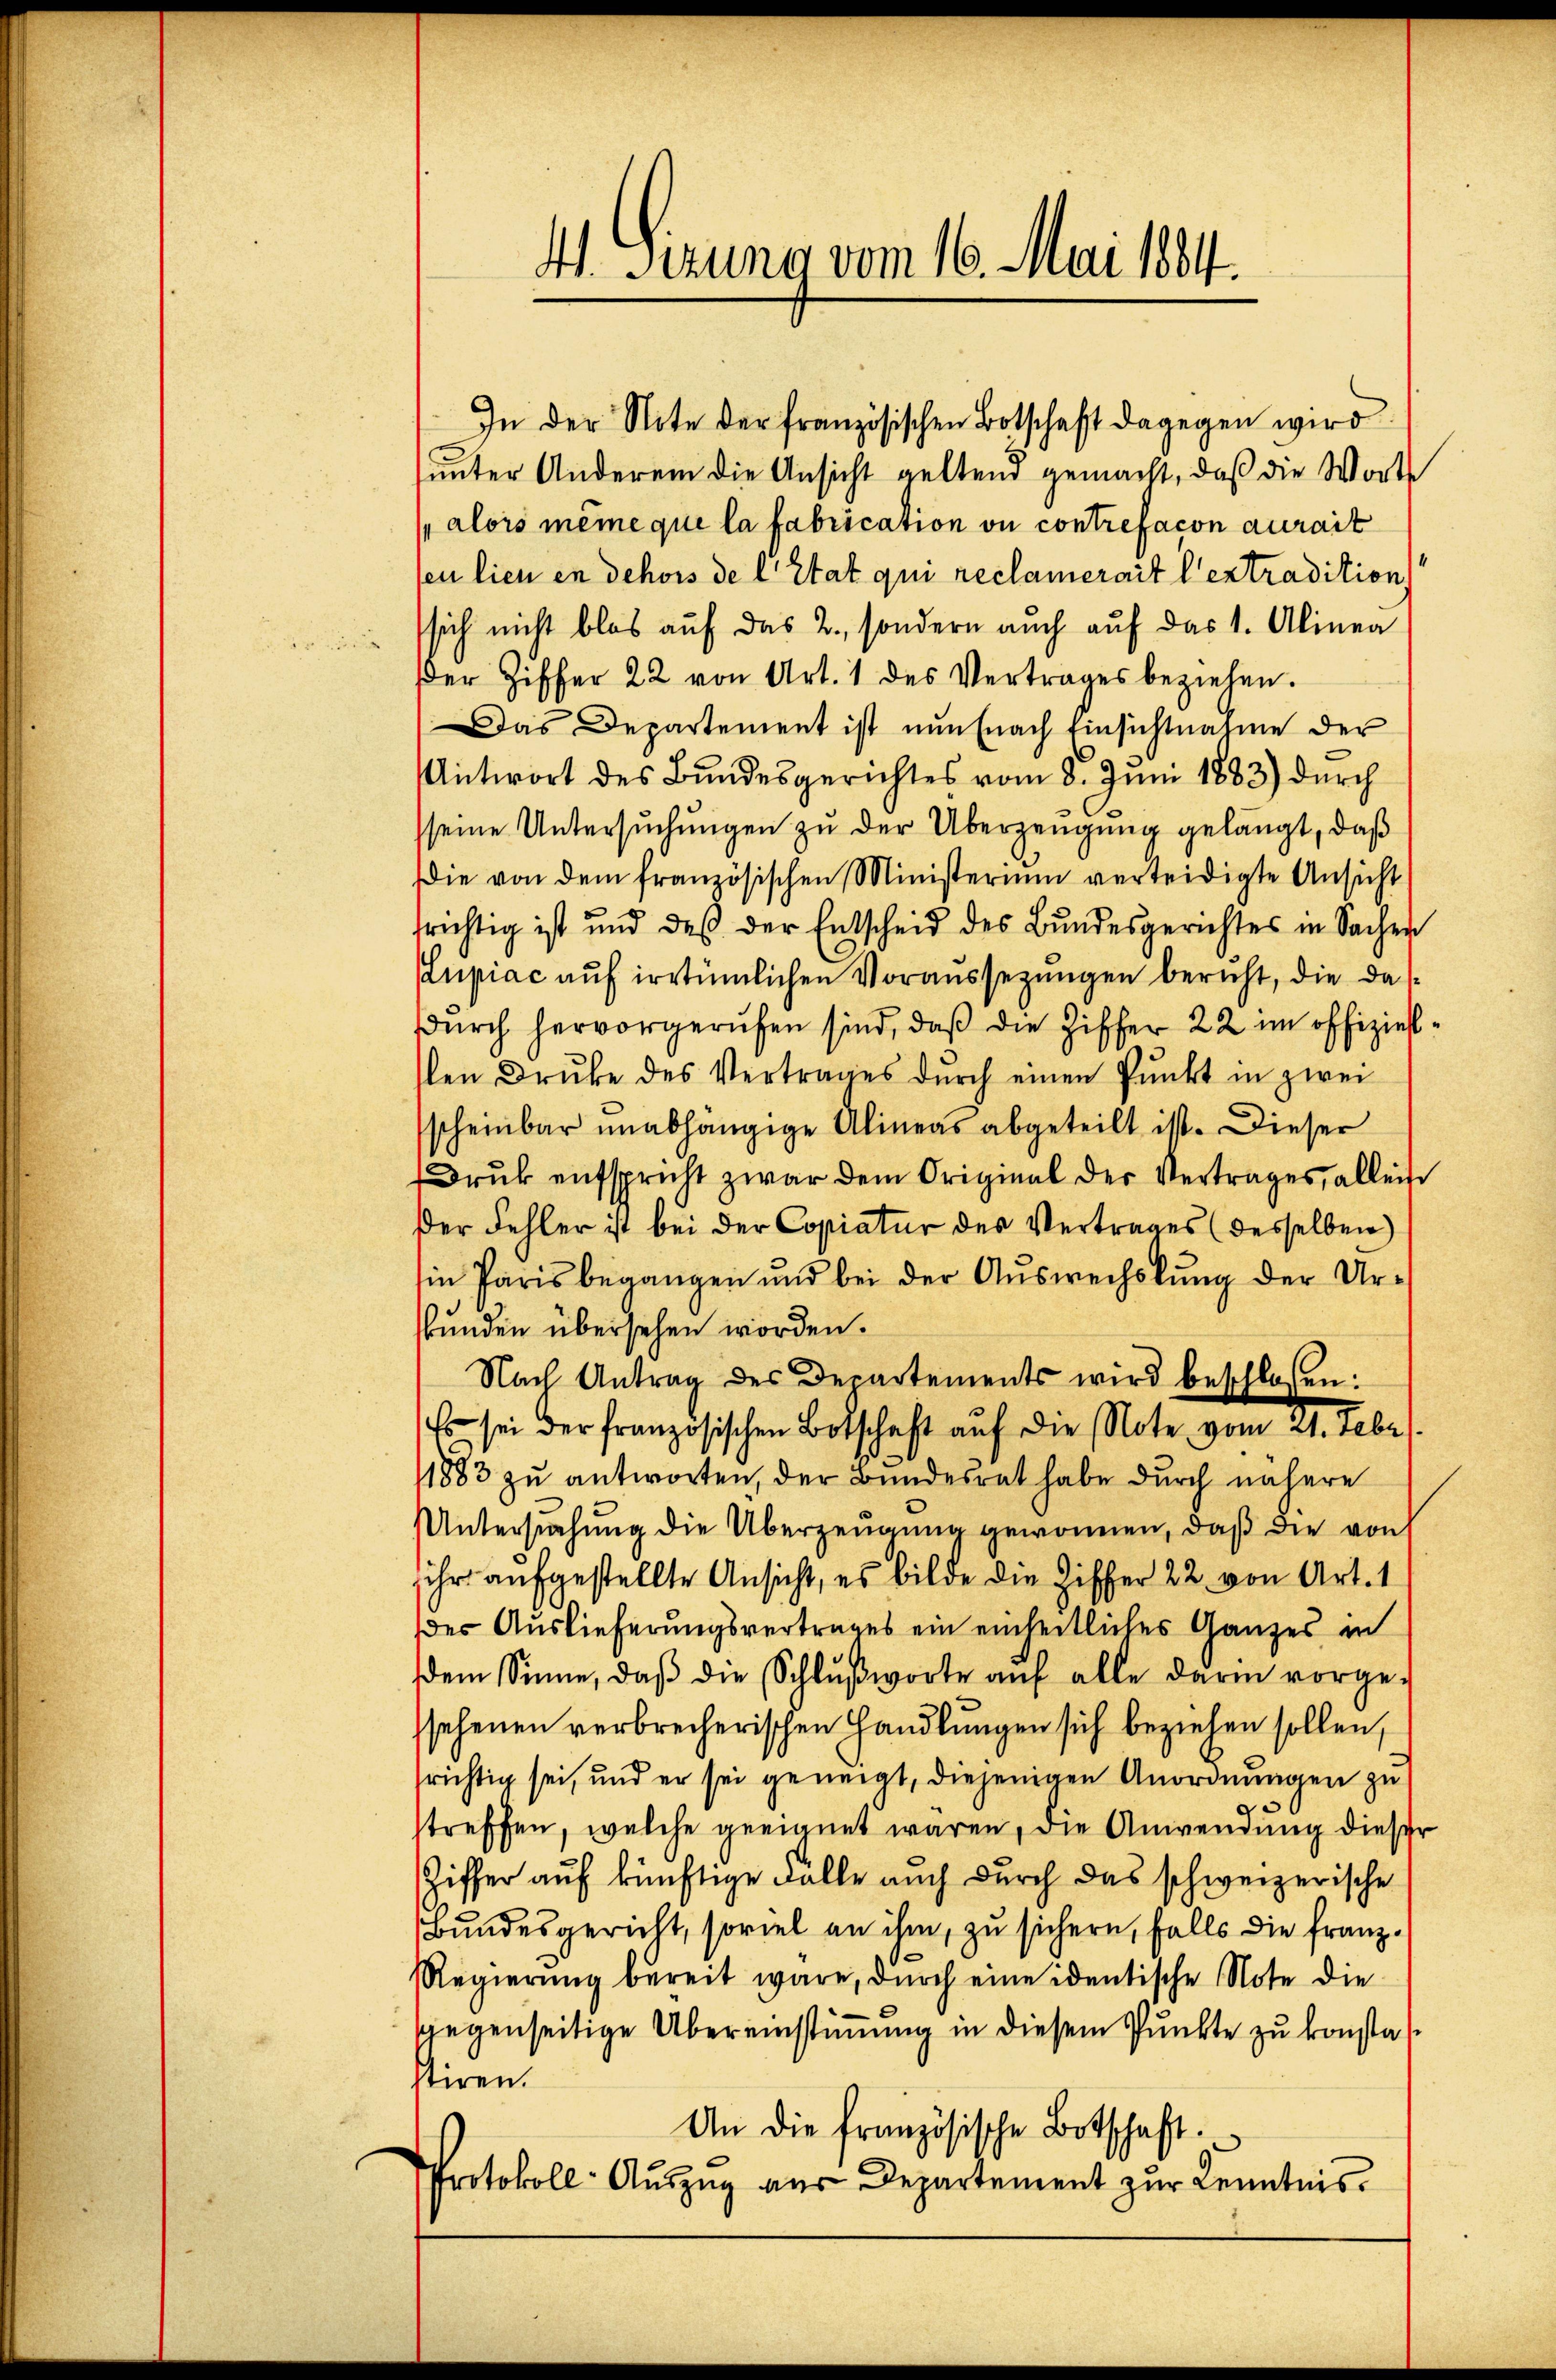
41. Sizung vom 16. Mai 1884.

unter Anderem die Ansicht geltend gemacht, daß die Worte
alors même que la fabrication ou contrefacon aurait
en lien en dehors de l. Etat qui reclamerait l’extradition
sich nicht blos auf das 2., sondern auch auf das 1. Alinea
der Ziffer 22 von Art. 1 des Vertrages beziehen.
Das Departement ist nun nach Einsichtnahme der
Antwort des Bundesgerichtes vom 8. Juni 1883) durch
seine Untersŭchŭngen zŭ der Überzeugung gelangt, daß
die von dem französischen Ministerium verteidigte Ansicht
srichtig ist und des der Entscheid des Bundesgerichtes in Sachen
Kupiac auf irrtümlichen Voraussezungen bericht, die das
dŭrch hervorgerufen sind, daβ die Ziffer 22 im offiziellen Druke des Vertrages dŭrch einen Pŭnkt in zwei
scheinbar unabhängige Alineas abgeteilt ist. Dieser
Drŭk entspricht zwar dem Original der Vertrages, allein
der Fehler ist bei der Copiatur des Vertrages (desselben
in Paris begangen und bei der Auswechslung der Urbunden übersehen worden.
Nach Antrag des Departements wird beschlossen:
Es sei der französischen Botschaft auf die Note vom 21. Febr.
1883 zu antworten, der Bundesrat habe durch nähere
Untersŭchŭng die Überzeugung gewonnen, daß die von
ihr aufgestellte Ansicht, es bilde die Ziffer 22. von Art. 1
des Auslieferungsvertrages ein einheitliches Ganzes in
dem Sinne, daβ die Schlŭβworte aŭf alle darin vorgesehenen verbrecherischen Handlungen sich beziehen sollen,
richtig sei, und er sei geneigt, diejenigen Anordnungen zu
treffen, welche geeignet wären, die Anwendung dieser
Ziffer auf künftige Fälle auch durch das schweizerische
Bundesgericht, soviel an ihm, zu sichern, falls die Franz¬
Regierung bereit wäre, durch eine identische Note die
gegenseitige Übereinstimmung in diesem Punkte zu konstat
tiren.
An die französische Botschaft.
Protokoll- Aŭszŭg aŭs Departement zŭr Kenntnis.

In der Note der französischen Botschaft dagegen wird